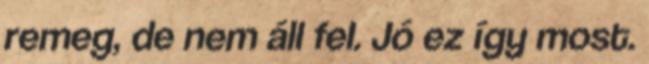
remeg, de nem áll fel. Jó ez így most.